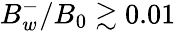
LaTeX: B_{w}^{-}/B_{0}\gtrsim 0.01